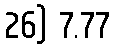
26) 7.77